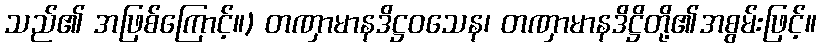
သည်၏ အဖြစ်ကြောင့်။) တဏှာမာနဒိဋ္ဌဝသေန၊ တဏှာမာနဒိဋ္ဌိတို့၏အစွမ်းဖြင့်။